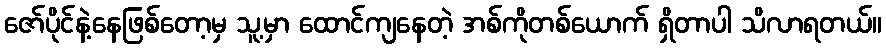
ဇော်ပိုင်နဲ့နေဖြစ်တော့မှ သူ့မှာ ထောင်ကျနေတဲ့ အစ်ကိုတစ်ယောက် ရှိတာပါ သိလာရတယ်။